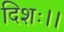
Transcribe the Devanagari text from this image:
दिशः।।